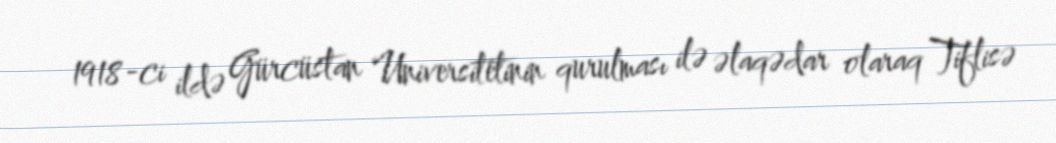
1918-ci ildə Gürcüstan Universitetinin qurulması ilə əlaqədar olaraq Tiflisə